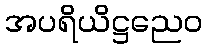
အပရိယိဋ္ဌညေဝ